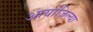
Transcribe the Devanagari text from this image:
आयोजिल्या